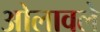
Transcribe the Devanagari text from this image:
ओलावले